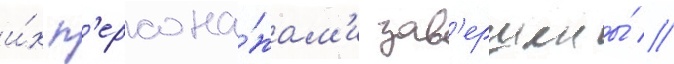
и́х п'ерсона́жам'и зав'ершены́ //